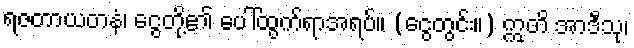
ရဇတာယတနံ၊ ငွေတို့၏ ပေါ်ထွက်ရာအရပ်။ (ငွေတွင်း။) ဣတိ အာဒီသု၊